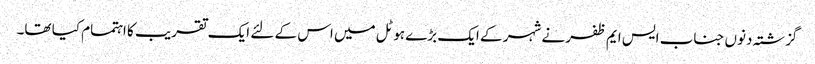
گزشتہ دنوں جناب ایس ایم ظفر نے شہر کے ایک بڑے ہوٹل میں اس کے لئے ایک تقریب کا اہتمام کیا تھا۔